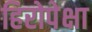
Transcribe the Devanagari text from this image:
हिरोपेक्षा